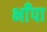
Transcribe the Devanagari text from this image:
भाँपा